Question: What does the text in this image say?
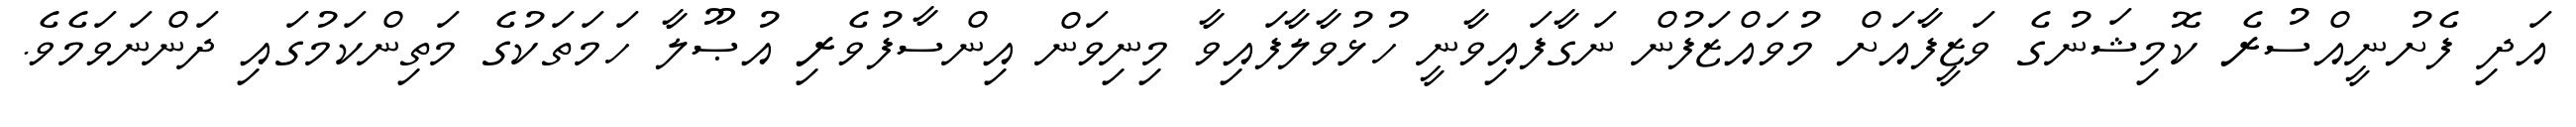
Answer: އަދި ފެށުނީއްސުރެ ކޮމިޝަނުގެ ވަޒީފާއަށް މުވައްޒަފުން ނަގާފައިވާނީ ހުޅުވާލާފައިވާ މިނިވަން އިންސާފުވެރި އުޞޫލާ ހަމަތަކުގެ މަތިންކަމުގައި ދަންނަވަމެވެ.